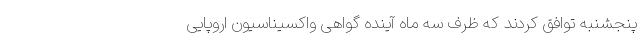
پنجشنبه توافق کردند که ظرف سه ماه آینده گواهی واکسیناسیون اروپایی